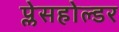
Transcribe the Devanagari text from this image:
प्लेसहोल्डर